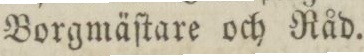
Borgmäſtare och Råd.